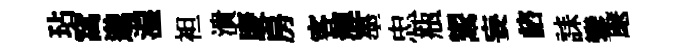
玷窩邈湿袒潰庱房客漣墨忠瓶鬻妄諮誄鑾麾